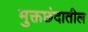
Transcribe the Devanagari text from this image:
मुक्तछंदातील